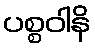
ပစ္စဝါနိ